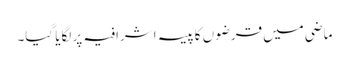
ماضی میں قرضوں کاپیسہ اشرافیہ پر لگایا گیا۔